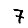
Digit: 7